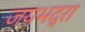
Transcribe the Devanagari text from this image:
जयभद्रा